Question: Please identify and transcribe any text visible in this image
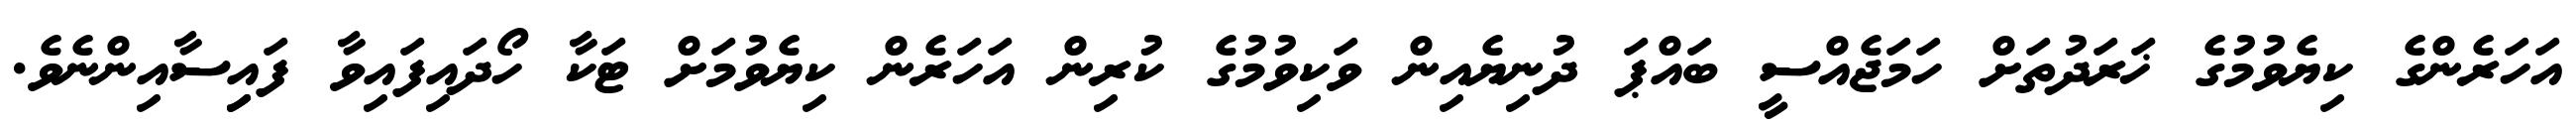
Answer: އަހަރެންގެ ކިޔެވުމުގެ ޚަރަދުތަށް ހަމަޖެއްސީ ބައްޕަ ދުނިޔެއިން ވަކިވުމުގެ ކުރިން އަހަރެން ކިޔެވުމަށް ޓަކާ ހޯދައިފައިވާ ފައިިސާއިންނެވެ.